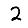
Digit: 2